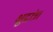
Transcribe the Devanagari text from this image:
क्षुद्रांत्र।